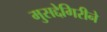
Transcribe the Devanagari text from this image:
मुसद्देगिरीने